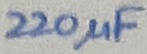
Text: 220µF